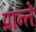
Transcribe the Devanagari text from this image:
प्रान्ते